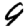
Digit: 9